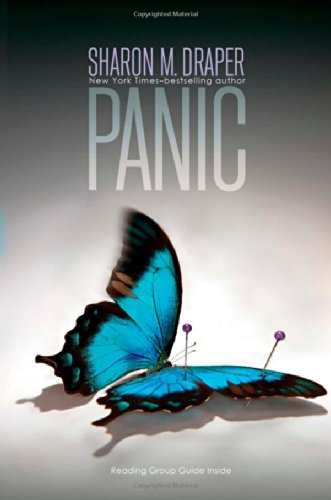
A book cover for Panic; Sharon M. Draper; Teen & Young Adult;